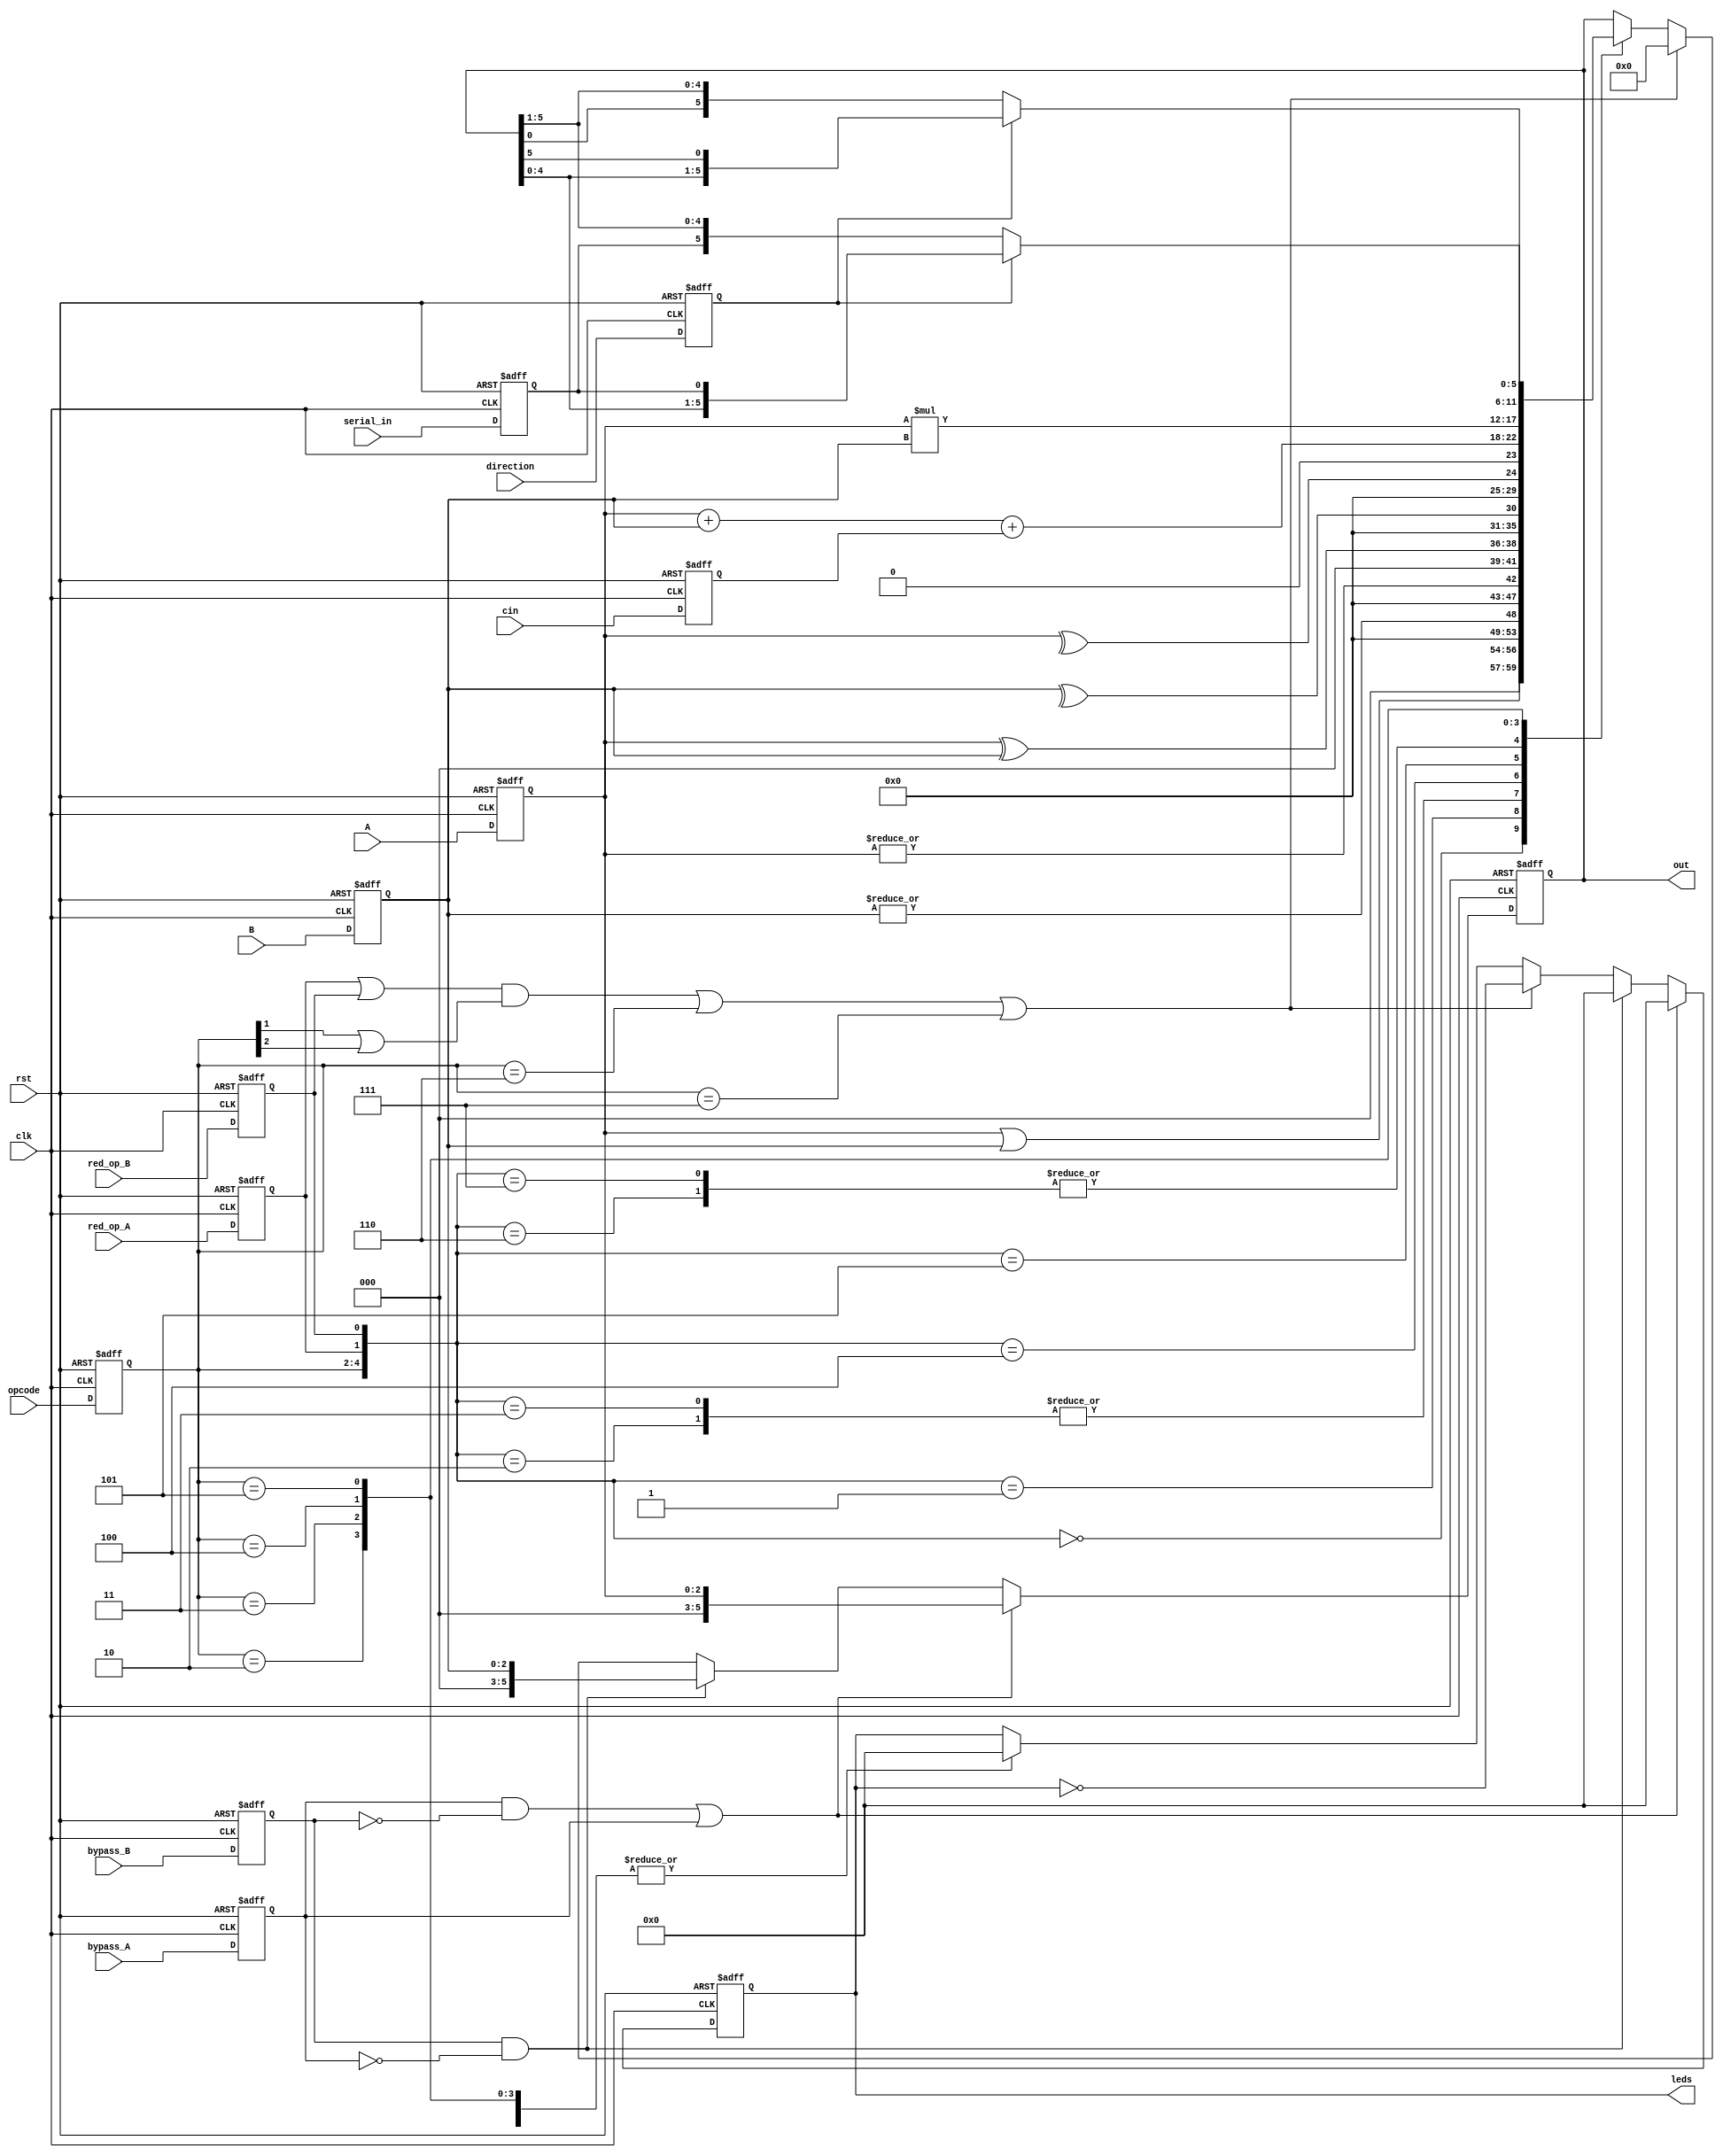
module ALSUg (clk,rst,A,B,cin,serial_in,red_op_A,red_op_B,opcode,bypass_A,bypass_B,direction,leds,out);
parameter INPUT_PRIORITY="A";
parameter FULL_ADDER="ON";
input clk,rst,cin,serial_in,red_op_A,red_op_B,bypass_A,bypass_B,direction;
input [2:0] A,B,opcode;
output [15:0] leds;
output [5:0] out;
reg cin_ff,serial_in_ff,red_op_A_ff,red_op_B_ff,bypass_A_ff,bypass_B_ff,direction_ff;
reg [2:0] A_ff,B_ff,opcode_ff;
reg [15:0] leds_tmp;
reg [5:0] out_tmp;
//creating the DFFs for the inputs:
always @(posedge clk or posedge rst) begin
    if(rst) begin
    A_ff<=0;
    end 
    else begin
    A_ff<=A;
    end
end  
always @(posedge clk or posedge rst) begin
     if(rst) begin
    B_ff<=0;
    end 
    else begin
    B_ff<=B;
    end
end 
always @(posedge clk or posedge rst ) begin
     if(rst) begin
    opcode_ff<=0;
    end 
    else begin
    opcode_ff<=opcode;
    end
end 
always @(posedge clk or posedge rst) begin
    if(rst) begin
    cin_ff<=0;
    end 
    else begin
    cin_ff<=cin;
    end
end 
always @(posedge clk or posedge rst) begin
     if(rst) begin
    serial_in_ff<=0;
    end 
    else begin
    serial_in_ff<=serial_in;
    end
end 
always @(posedge clk or posedge rst) begin
     if(rst) begin
    red_op_A_ff<=0;
    end 
    else begin
    red_op_A_ff<=red_op_A;
    end
end 
always @(posedge clk or posedge rst) begin
     if(rst) begin
    red_op_B_ff<=0;
    end 
    else begin
    red_op_B_ff<=red_op_B;
    end
end 
always @(posedge clk or posedge rst) begin
     if(rst) begin
   bypass_A_ff<=0;
    end 
    else begin
    bypass_A_ff<=bypass_A;
    end
end 
always @(posedge clk or posedge rst) begin
     if(rst) begin
    bypass_B_ff<=0;
    end 
    else begin
    bypass_B_ff<=bypass_B;
    end
end 
always @(posedge clk or posedge rst) begin
    if(rst) begin
    direction_ff<=0;
    end 
    else begin
    direction_ff<=direction;
    end
end 
////////////////////////////////////////////////
always @(posedge clk or posedge rst) begin
    if(rst)begin
        out_tmp<=0;
        leds_tmp<=0;
    end
    else if((bypass_A_ff&&!bypass_B_ff)||(bypass_A_ff&&(INPUT_PRIORITY=="A")))begin
        out_tmp<=A_ff;
        leds_tmp<=0;
    end 
    else if((bypass_B_ff&&!bypass_A_ff)||(bypass_B_ff&&(INPUT_PRIORITY=="B")))begin
        out_tmp<=B_ff;
        leds_tmp<=0;
    end
    else if(((red_op_A_ff | red_op_B_ff) & ((opcode_ff[1] | opcode_ff[2])))||(opcode_ff==3'b110)||(opcode_ff==3'b111)) begin
        out_tmp<=0;
        leds_tmp<=(~(leds_tmp));
    end
    else begin
        casex ({opcode_ff,red_op_A_ff,red_op_B_ff})
        5'b00000:begin
            out_tmp<=A_ff|B_ff;
            leds_tmp<=0;
        end
        5'b00010:begin
            out_tmp<=|A_ff;
            leds_tmp<=0;
        end
        5'b00001:begin
            out_tmp<=|B_ff;
            leds_tmp<=0;
        end
        5'b00011:begin
            if(INPUT_PRIORITY=="A")begin
                out_tmp<=|A_ff;
                leds_tmp<=0;
            end
            else if(INPUT_PRIORITY=="B") begin
                out_tmp<=|B_ff;
                leds_tmp<=0; 
            end
        end
        5'b00100:begin
            out_tmp<=A_ff^B_ff;
            leds_tmp<=0;
        end
        5'b00110:begin
            out_tmp<=^A_ff;
            leds_tmp<=0;
        end
        5'b00101:begin
            out_tmp<=^B_ff;
            leds_tmp<=0;
        end
        5'b00111:begin
             if(INPUT_PRIORITY=="A")begin
                out_tmp<=^A_ff;
                leds_tmp<=0;
            end
            else if(INPUT_PRIORITY=="B") begin
                out_tmp<=^B_ff;
                leds_tmp<=0; 
            end
        end
        5'b010xx:begin
            if(FULL_ADDER=="ON") begin
                out_tmp<=A_ff+B_ff+cin_ff;
            end
            else if (FULL_ADDER=="OFF") begin
                out_tmp<=A_ff+B_ff;
            end
            leds_tmp<=0;
        end
        5'b011xx:begin
            out_tmp<=A_ff*B_ff;
            leds_tmp<=0;
        end
        5'b100xx:begin
            if(direction_ff)begin
                out_tmp<={out_tmp[4:0],serial_in_ff};
            end
            else begin
                out_tmp<={serial_in_ff,out_tmp[5:1]};
            end
            leds_tmp<=0;
        end
        5'b101xx:begin
            if(direction_ff)begin
                out_tmp<={out_tmp[4:0],out_tmp[5]};
            end
            else begin
                out_tmp<={out_tmp[0],out_tmp[5:1]};
            end
            leds_tmp<=0;
        end
        endcase
    end
end
assign out=out_tmp;
assign leds=leds_tmp;
endmodule